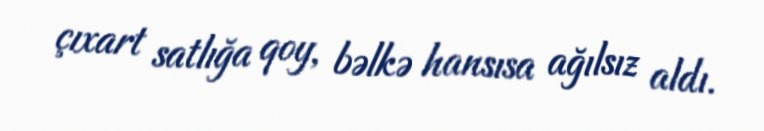
çıxart satlığa qoy, bəlkə hansısa ağılsız aldı.